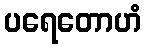
ပရေတောဟံ